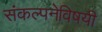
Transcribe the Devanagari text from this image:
संकल्पनेविषयी